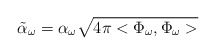
\begin{align*}\tilde{\alpha}_\omega = \alpha_\omega \sqrt{4\pi<\Phi_\omega,\Phi_\omega>}\end{align*}